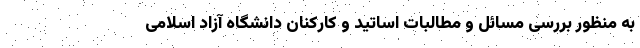
به منظور بررسی مسائل و مطالبات اساتید و کارکنان دانشگاه آزاد اسلامی